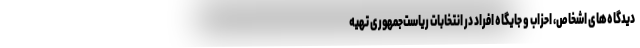
دیدگاه‌های اشخاص، احزاب و جایگاه افراد در انتخابات ریاست‌جمهوری تهیه